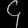
Digit: ၄